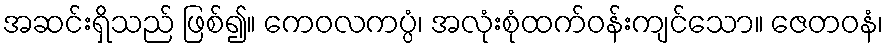
အဆင်းရှိသည် ဖြစ်၍။ ကေဝလကပ္ပံ၊ အလုံးစုံထက်ဝန်းကျင်သော။ ဇေတဝနံ၊